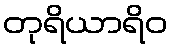
တုရိယာရိဝ